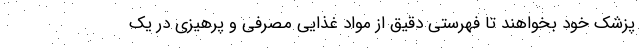
پزشک خود بخواهند تا فهرستی دقیق از مواد غذایی مصرفی و پرهیزی در یک